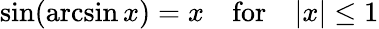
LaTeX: \sin(\arcsin x)=x\quad{\mathrm{for}}\quad|x|\leq 1